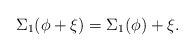
\begin{align*}\Sigma_1(\phi + \xi) = \Sigma_1(\phi) + \xi .\end{align*}